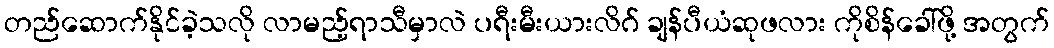
တည်ဆောက်နိုင်ခဲ့သလို လာမည့်ရာသီမှာလဲ ပရီးမီးယားလိဂ် ချန်ပီယံဆုဖလား ကိုစိန်ခေါ်ဖို့ အတွက်